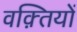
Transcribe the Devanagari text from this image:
वक़्तियों